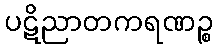
ပဋိညာတကရဏဉ္စ